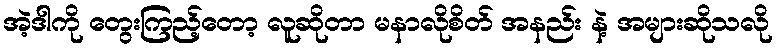
အဲ့ဒါကို တွေးကြည့်တော့ လူဆိုတာ မနာလိုစိတ် အနည်း နဲ့ အများဆိုသလို